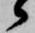
候